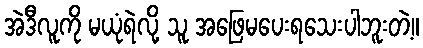
အဲဒီလူကို မယုံရဲလို့ သူ အဖြေမပေးရသေးပါဘူးတဲ့။